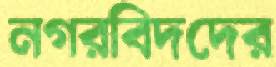
নগরবিদদের